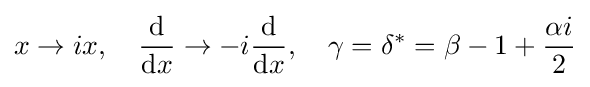
x\to ix,\quad {\frac {\mathrm {d} }{{\mathrm {d} }x}}\to -i{\frac {\mathrm {d} }{{\mathrm {d} }x}},\quad \gamma =\delta ^{\ast }=\beta -1+{\frac {\alpha i}{2}}